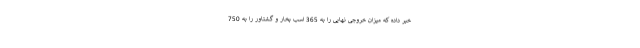
خبر داده که میزان خروجی نهایی را به 365 اسب بخار و گشتاور را به 750